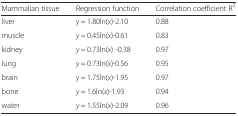
| Mammalian tissue | Regression function | Correlation coefficient R2 |
 | --- | --- | --- |
 | liver | y = 1.80ln(x)-2.10 | 0.88 |
 | muscle | y = 0.45ln(x)-0.61 | 0.83 |
 | kidney | y = 0.73ln(x) -0.38 | 0.97 |
 | lung | y = 0.73ln(x)-0.56 | 0.95 |
 | brain | y = 1.75ln(x)-1.95 | 0.97 |
 | bone | y = 1.6ln(x)-1.93 | 0.94 |
 | water | y = 1.55ln(x)-2.09 | 0.96 |